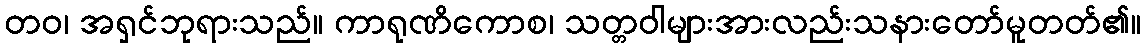
တဝ၊ အရှင်ဘုရားသည်။ ကာရုဏိကောစ၊ သတ္တဝါများအားလည်းသနားတော်မူတတ်၏။